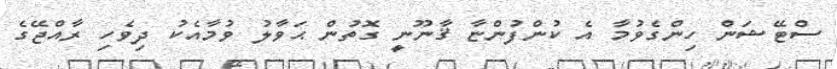
ސްޓޭޝަން ހިންގެވުމާ އެ ކުންފުންޏާ ޤާނޫނީ ގޮތުން ޙަވާލު ވުމާއެކު ދިވެހި ރާއްޖޭގެ